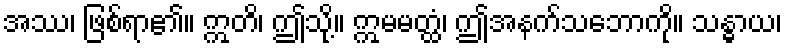
အဿ၊ ဖြစ်ရာ၏။ ဣတိ၊ ဤသို့။ ဣမမတ္ထံ၊ ဤအနက်သဘောကို။ သန္ဓာယ၊